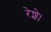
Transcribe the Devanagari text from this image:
रेशे।